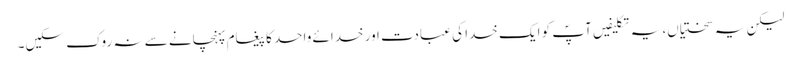
لیکن یہ سختیاں، یہ تکلیفیں آپؐ کو ایک خدا کی عبادت اور خدائے واحد کا پیغام پہنچانے سے نہ روک سکیں۔